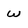
Character: w